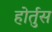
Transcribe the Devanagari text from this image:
होर्तुस